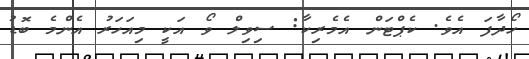
ހޯދާފަ އެވެ. ކެޕްޓަން އެމެރިކާ: ސިވިލް ވޯ އަކީ މިއަހަރު އެންމެ ބޮޑު